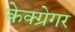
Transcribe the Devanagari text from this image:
केक्ग्रेगर